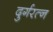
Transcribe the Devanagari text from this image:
दुर्गरत्‍न